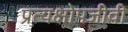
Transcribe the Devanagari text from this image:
प्रत्यक्षोपजीवी